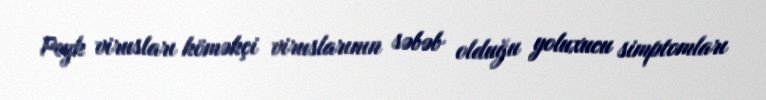
Peyk virusları köməkçi viruslarının səbəb olduğu yoluxucu simptomları